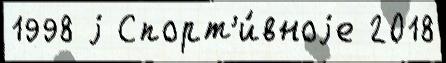
1998 j Спорт'и́вноjе 2018